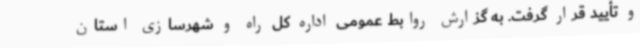
و تأیید قرار گرفت. به گزارش روابط عمومی اداره کل راه و شهرسازی استان